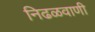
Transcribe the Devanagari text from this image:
निढळवाणी